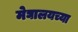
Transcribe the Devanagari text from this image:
मेघालयच्या